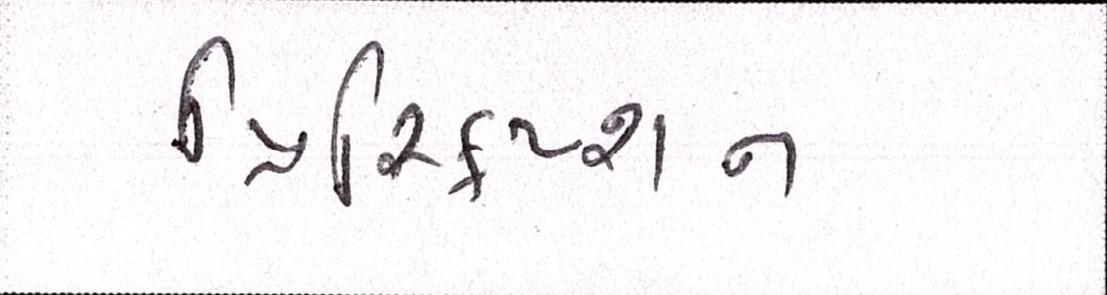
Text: પ્રિસ્ક્રિપ્શન